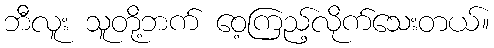
ဘီလူး သူတို့ဘက် ဝေ့ကြည့်လိုက်သေးတယ်။